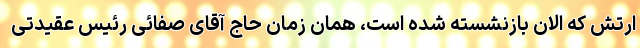
ارتش که الان بازنشسته شده است، همان زمان حاج آقای صفائی رئیس عقیدتی